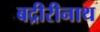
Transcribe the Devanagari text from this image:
बद्रीरीनाथ